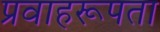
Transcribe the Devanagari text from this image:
प्रवाहरूपता